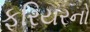
ફૂરિયરનો